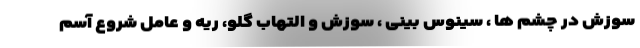
سوزش در چشم ها ، سینوس بینی ، سوزش و التهاب گلو، ریه و عامل شروع آسم